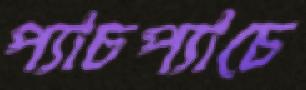
প্যাচপ্যাচে